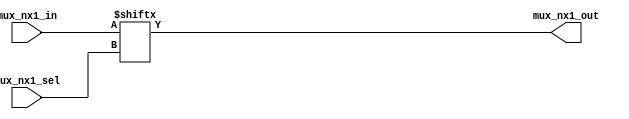
`timescale 1ns / 1ps
//////////////////////////////////////////////////////////////////////////////////
// Company: 
// Engineer: 
// 
// Design Name: Multiplexer, n 1-bit inputs, one 1-bit output
// Module Name: mux_nx1
// Project Name: 
// Target Devices: Nexys A7-100T
// Tool Versions: Vivado 2018.1
// Description: 
// 
// Dependencies: 
// 
// Revision:
// Revision 0.01 - File Created
// Additional Comments:
// 
//////////////////////////////////////////////////////////////////////////////////
module mux_nx1 #(parameter SIZE = 8)                // SIZE sets number of inputs
    (                                               //
    input [($clog2(SIZE))-1:0] mux_nx1_sel,         // The select bit is log2(SIZE)
    input [SIZE-1:0] mux_nx1_in,                    //
    output mux_nx1_out                              //
    );                                              // Ex: If SIZE = 8, mux_nx1_in is [7:0] and mux_nxl_sel is [2:0]. 
													//   mux_nx1_sel is a 3-bit number and can represent values 0 (000) to 7 (111)
    assign mux_nx1_out = mux_nx1_in[mux_nx1_sel];   //   If mux_nx1_sel is 5, then mux_nx1_out = mux_nx1_in[5]
endmodule                                           //